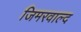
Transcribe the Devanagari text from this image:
जिमरवाल्द